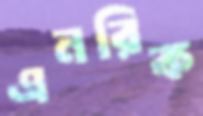
এনরিক